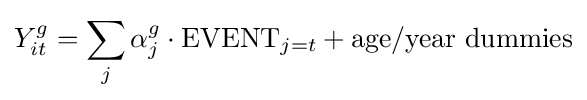
Y_{it}^{g}=\sum _{j}\alpha _{j}^{g}\cdot {\text{EVENT}}_{j=t}+{\text{age/year dummies}}